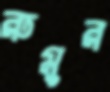
রুমুর